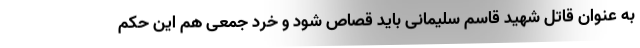
به عنوان قاتل شهید قاسم سلیمانی باید قصاص شود و خرد جمعی هم این حکم